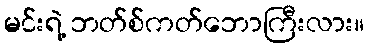
မင်းရဲ့ ဘတ်စ်ကတ်ဘောကြီးလား။